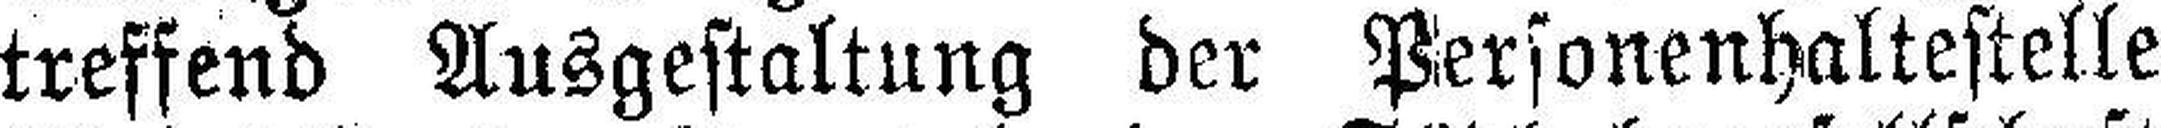
treffend Ausgestaltung der Personenhaltestelle